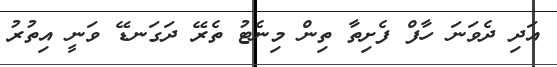
އަދި ދެވަނަ ހާފް ފެށިތާ ތިން މިނެޓު ތެރޭ ދަގަނޑޭ ވަނީ އިތުރު